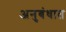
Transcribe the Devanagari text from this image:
अनुबंधात